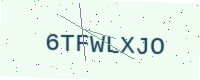
Text: 6TFWLXJO